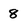
Character: 8